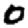
Digit: 0